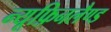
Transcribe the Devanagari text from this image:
न्यूफ़िनलैण्ड